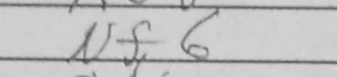
Transcription: Nf6